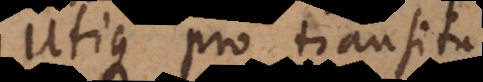
utique pro transitu